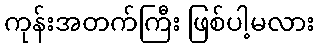
ကုန်းအတက်ကြီး ဖြစ်ပါ့မလား